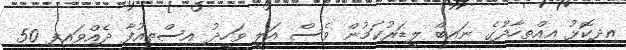
އިދިކޮޅު އިއްތިހާދުގެ ނައިބް ލީޑަރުކަމުން ވެސް އަލީ ވަހީދު އިސްތިއުފާ ދެއްވައިފި 50